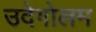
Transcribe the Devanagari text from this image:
उदेगोलम